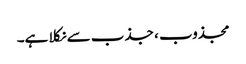
مجذوب ، جذب سے نکلا ہے۔